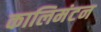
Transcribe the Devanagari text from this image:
कालिमंटन